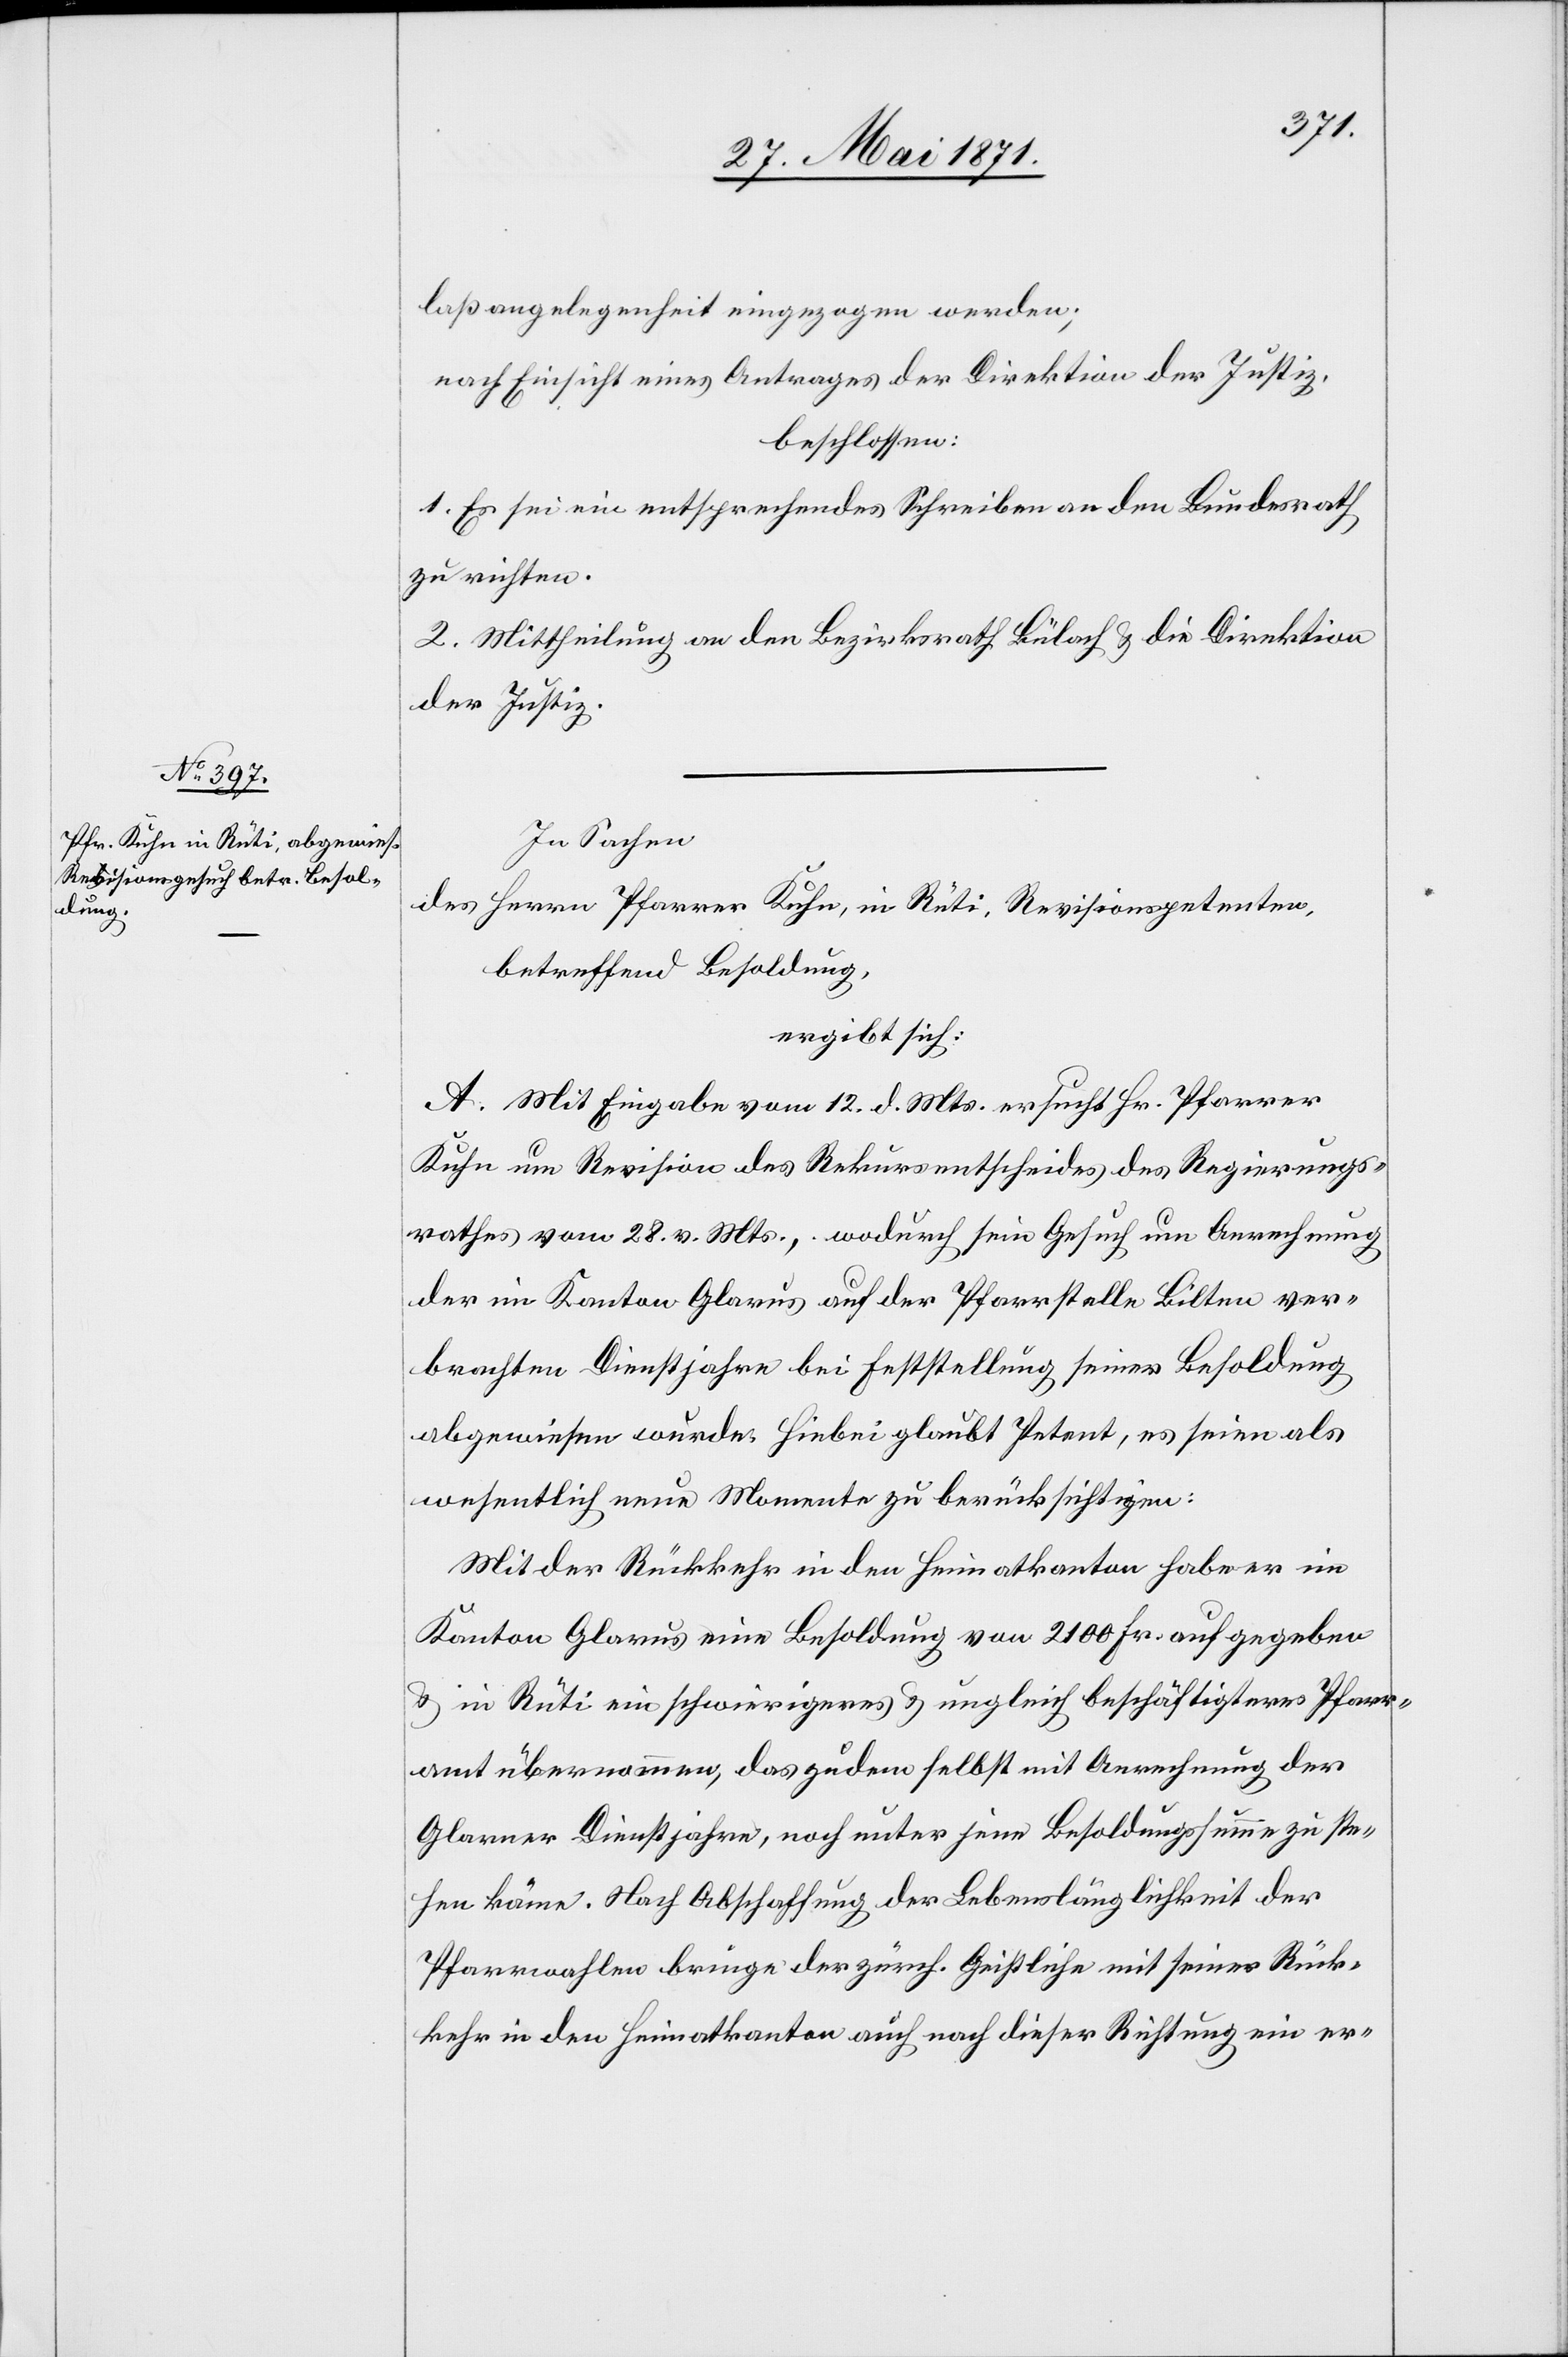
laßangelegenheit eingezogen werden;
nach Einsicht eines Antrages der Direktion der Justiz
beschlossen:
1. Es sei ein entsprechendes Schreiben an den Bundesrath
zu richten.
2. Mittheilung an den Bezirksrath Bülach u. die Direktion
der Justiz.
In Sachen
des Herrn Pfarrer Kuhn, in Rüti, Revisionspetenten,
betreffend Besoldung,
ergibt sich:
A. Mit Eingabe vom 12. d. Mts. ersucht Hr. Pfarrer
Kuhn um Revision des Rekursentscheides des Regierungs¬
rathes vom 28. v. Mts., wodurch sein Gesuch um Anrechnung
der im Kanton Glarus auf der Pfarrstelle Bilten ver¬
brachten Dienstjahre bei Feststellung seiner Besoldung
abgewiesen wurde. Hiebei glaubt Petent, es seien als
wesentlich neue Momente zu berücksichtigen:
Mit der Rückkehr in den Heimatkanton habe er im
Kanton Glarus eine Besoldung von 2100 Fr. aufgegeben
u. in Rüti ein schwierigeres u. ungleich beschäftigteres Pfarr¬
amt übernommen, das zudem selbst mit Anrechnung der
Glarner Dienstjahre, noch unter jene Besoldungssumme zu ste¬
hen käme. Nach Abschaffung der Lebenslänglichkeit der
Pfarrwahlen bringe der zürch. Geistliche mit seiner Rück¬
kehr in den Heimatkanton auch noch dieser Richtung ein er-